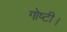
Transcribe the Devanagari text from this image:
गोष्टी।